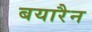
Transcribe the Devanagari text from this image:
बयारैन